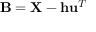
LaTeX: \mathbf { B } = \mathbf { X } - \mathbf { h } \mathbf { u } ^ { T }